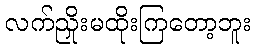
လက်ညှိုးမထိုးကြတော့ဘူး